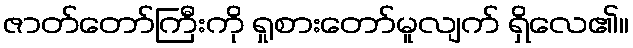
ဇာတ်တော်ကြီးကို ရှုစားတော်မူလျက် ရှိလေ၏။